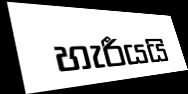
හැරීයයි